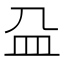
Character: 𰤴